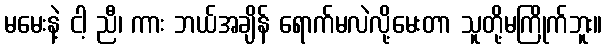
မမေးနဲ့ ငါ့ ညီ၊ ကား ဘယ်အချိန် ရောက်မလဲလို့မေးတာ သူတို့မကြိုက်ဘူး။